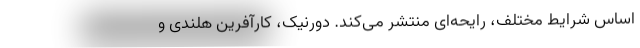
اساس شرایط مختلف، رایحه‌ای منتشر می‌کند. دورنیک، کارآفرین هلندی و